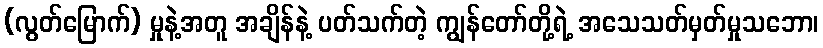
(လွတ်မြောက်) မှုနဲ့အတူ အချိန်နဲ့ ပတ်သက်တဲ့ ကျွန်တော်တို့ရဲ့ အသေသတ်မှတ်မှုသဘော၊